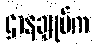
ဌာနချုပ်က